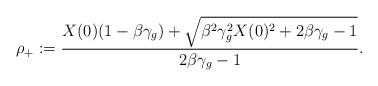
LaTeX: \begin{align*}\rho_+ := \frac{ X(0) (1-\beta \gamma_g) + \sqrt{ \beta^2 \gamma_g^2 X(0)^2 + 2 \beta \gamma_g -1}}{2\beta \gamma_g-1}.\end{align*}